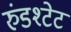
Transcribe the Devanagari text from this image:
रुंडश्टेट